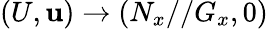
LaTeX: (U,\mathbf{u})\to(N_{x}//G_{x},0)